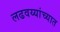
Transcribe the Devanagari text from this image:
लढवय्यांच्यात